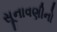
સૂનાવણીનો